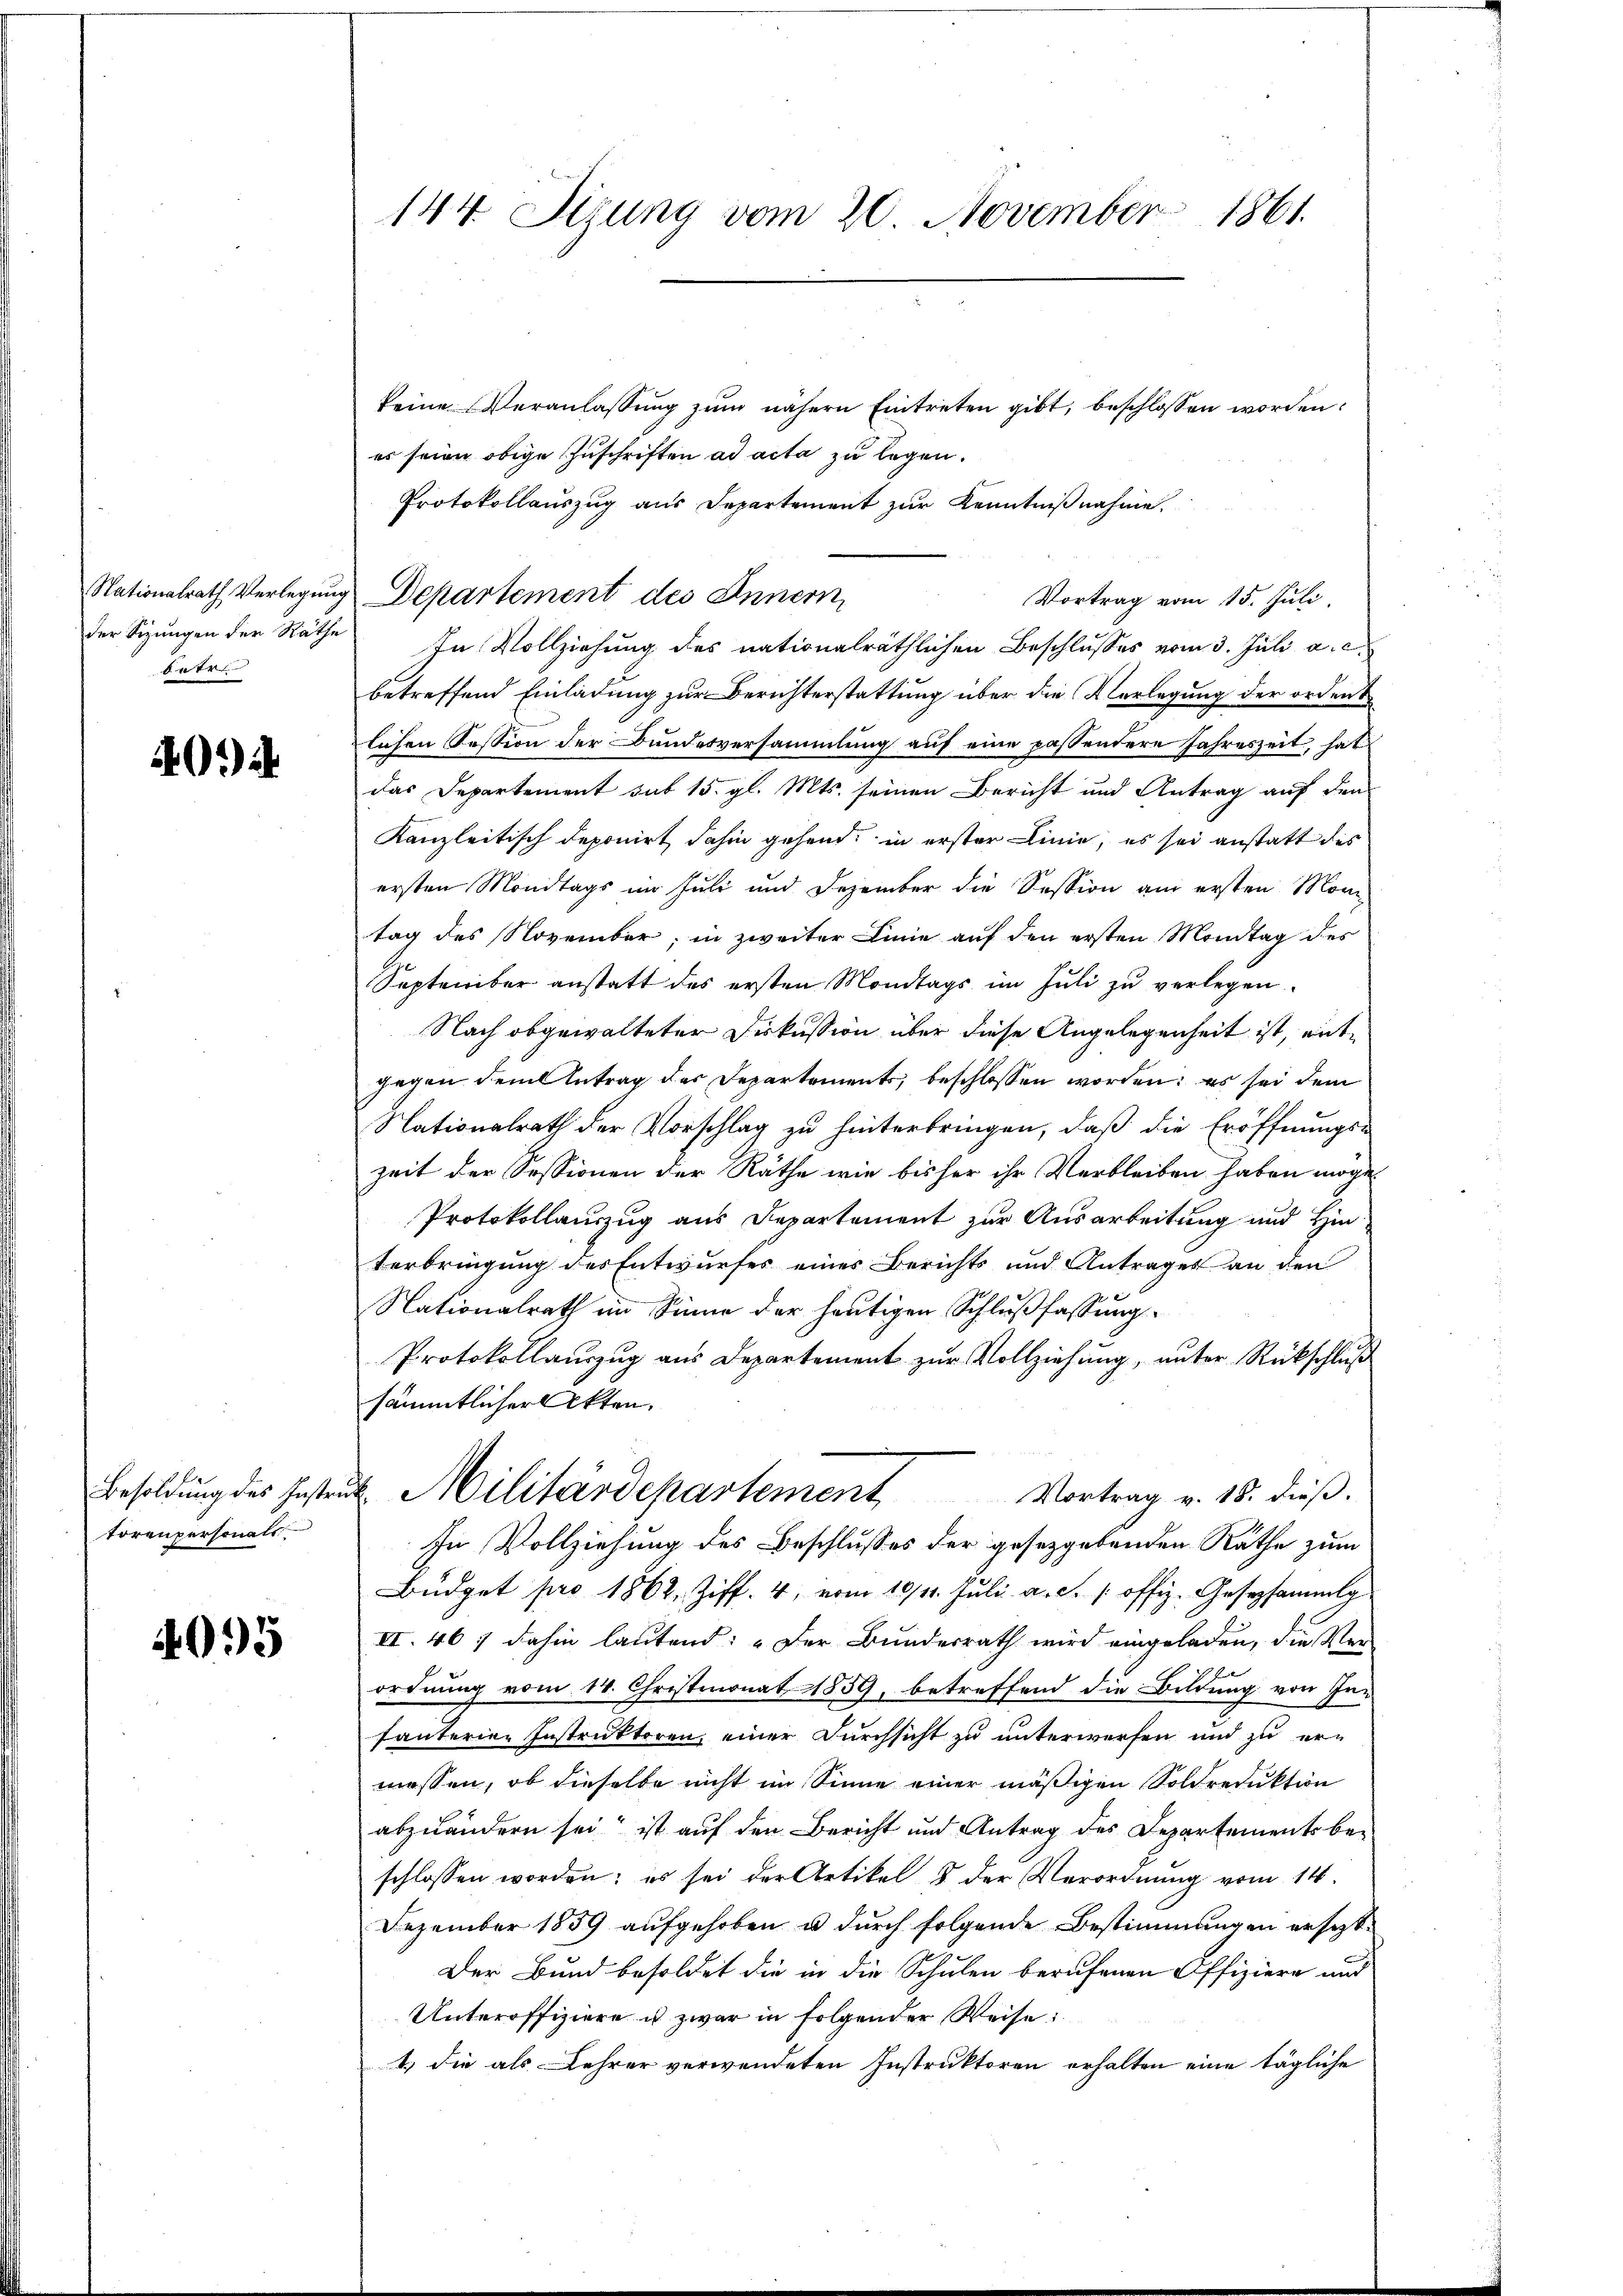
Nationalrath Verlegung
der Sizungen der Räthe
6fr

401) i

Besoldung des Instru
torenpersonals.

4095

144. Sigung vom 20. November 1861.

Departement des Innern,

keine Veranlassung zum nähern Eintreten gibt, beschlossen worden:
es seien obige Zuschriften ad acta zu legen.
Protokollauszug aus Departement zur Kenntnißnahme.
Vortrag vom 15. Juli.
In Vollziehung des nationalräthlichen Beschlusses vom 3. Juli a.c.
betreffend Einladung zur Berichterstattung über die Verlegung der ordent
lichen Session der Bundesversammlung auf eine passendere Jahreszeit, hat
das Departement sub 15. gl. Mts. seinen Bericht und Antrag auf den
Kanzleitisch deponirt dahin gehend, in erster Linie, es sei anstatt des
ersten Mondtags im Juli und Dezember die Session am ersten Mon-
tag des November, in zweiter Linie auf den ersten Montag des
September anstatt des ersten Mondtags im Juli zŭ verlegen.
Nach abgewalteter Diskussion über diese Angelegenheit ist, entgegen dem Antrag des Departements, beschlossen worden: es sei dem
Nationalrath der Vorschlag zu hinterbringen, daß die Eröffnungs-
zeit der Sessionen der Räthe wie bisher ihr Verbleiben haben möge.
Protokollauszug aus Departement zur Ausarbeitung und Hinterbringung des Entwurfes eines Berichts und Antrages an den
Nationalrath im Sinne der heutigen Schlußfassung
Protokollauszug aus Departement zur Vollziehung, unter Rückschluß
sämmtlicher Akten.
 Militärdepartement Vortrag v. 18. dieß.
In Vollziehung des Beschlusses der gesetzgebenden Räthe zum
Büdget pro 1862 Ziff. 4, vom 10/11. Jŭli a.c. s. offiz. Gesetzsammlg
II. 467 dahin lautend: „Der Bundesrath wird eingeladen, die Ver
ordnung vom 14. Christmonat 1859, betreffend die Bildung von In-
fanterien Instruktoren, einer Durchsicht zu unterwerfen und zu ermessen, ob dieselbe nicht im Sinne einer mäßigen Soldreduktion
abzuändern sei ist auf den Bericht und Antrag des Departements be-
schlossen worden; es sei der Artikel 8 der Verordnung vom 14.
Dezember 1859 aufgehoben u durch folgende Bestimmungen ersezt
Der Bund besoldet die in die Schulen berufenen Offiziere und
Unteroffiziere u zwar in folgender Weise:
1.) die als Lehrer verwendeten Instruktoren erhalten eine tägliche